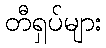
တီရှပ်များ